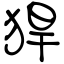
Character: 猂